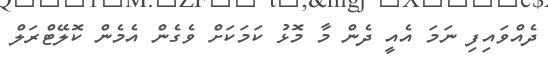
ދެއްވައިފި ނަމަ އެއީ ދެން މާ މޮޅު ކަމަކަށް ވެގެން އެމެން ކޮލޭޓްރަލް